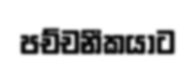
පච්චනීකයාට